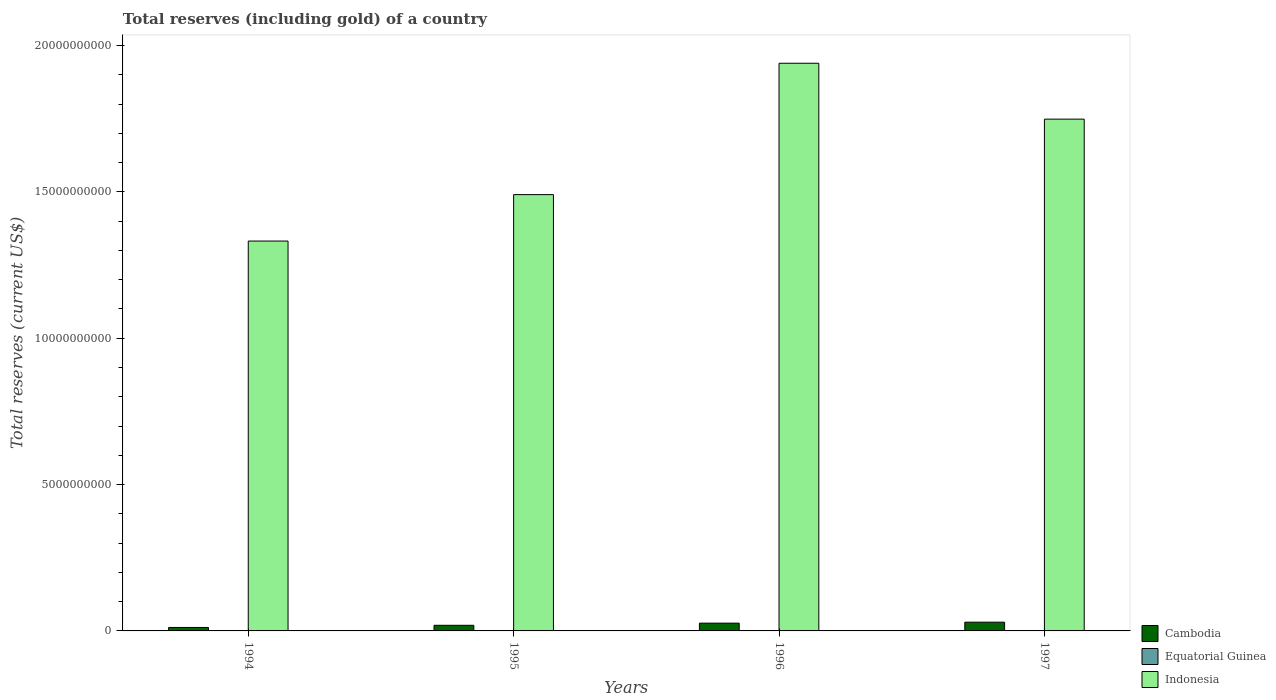
| Years | Cambodia | Equatorial Guinea | Indonesia |
 | --- | --- | --- | --- |
 | 1994 | 1.18e+08 | 3.9e+05 | 1.33e+10 |
 | 1995 | 1.92e+08 | 4.08e+04 | 1.49e+10 |
 | 1996 | 2.66e+08 | 5.16e+05 | 1.94e+10 |
 | 1997 | 2.99e+08 | 4.93e+06 | 1.75e+10 |